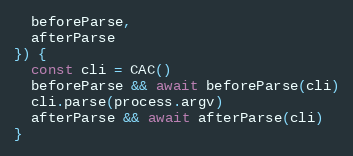
Language: JavaScript
  beforeParse,
  afterParse
}) {
  const cli = CAC()
  beforeParse && await beforeParse(cli)
  cli.parse(process.argv)
  afterParse && await afterParse(cli)
}